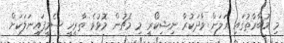
މި މުބާރާތުގައި އަލަށް ވާދަކުރާ ނިޝިކޯރީ މި މެޗުން މޮޅުވެ ތާރީހީ ސެމީފައިނަލަކަށް